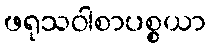
ဖရုသဝါစာပစ္စယာ